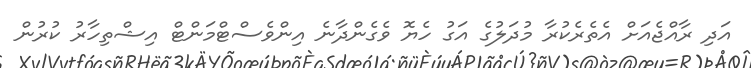
އަދި ރާއްޖެއަށް އެތެރެކުރާ މުދަލުގެ އަގު ހެޔޮ ވެގެންދާނެ އިންވެސްޓްމަންޓް އިޝްތިހާރު ކުރުން